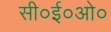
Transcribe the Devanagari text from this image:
सी०ई०ओ०